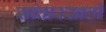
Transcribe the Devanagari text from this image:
सांबारसाठी